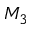
M _ { 3 }